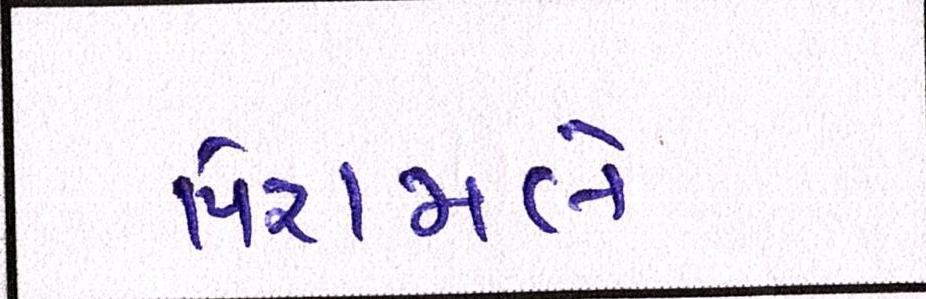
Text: પિરામલે